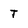
Character: T